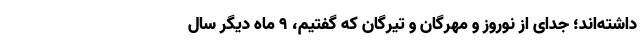
داشته‌اند؛ جدای از نوروز و مهرگان و تیرگان که گفتیم، ۹ ماه دیگر سال